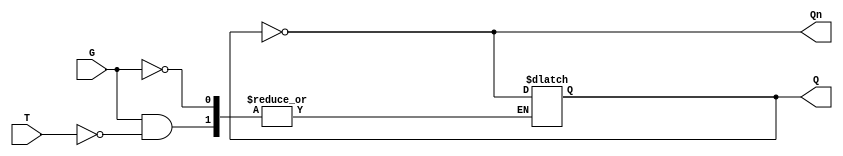
module Gated_T_Latch (
    input wire T,      // Toggle input
    input wire G,      // Gate input
    output reg Q,      // Output
    output wire Qn     // Complement output
);

// Assign the complement output
assign Qn = ~Q;

// Always block to describe the latch behavior
always @(T, G) begin
    if (G) begin
        if (T) begin
            Q <= ~Q; // Toggle the output when T is high and G is high
        end
        // If T is low, Q remains unchanged
    end
    // If G is low, Q remains unchanged
end

// Initial state of the latch
initial begin
    Q = 0; // Initialize Q to 0
end

endmodule